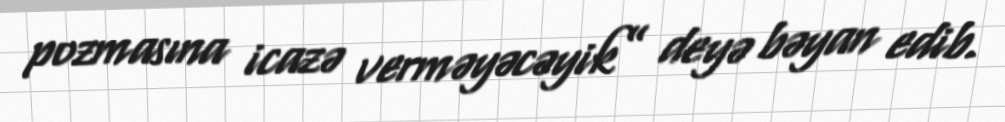
pozmasına icazə verməyəcəyik” deyə bəyan edib.